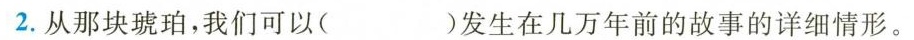
2.从那块琥珀，我们可以( )发生在几万年前的故事的详细情形。